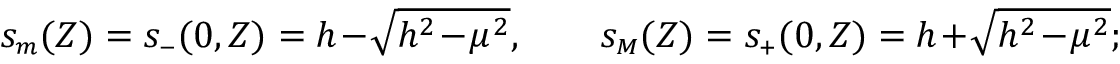
s _ { { \scriptscriptstyle m } } ( Z ) = s _ { { \scriptscriptstyle - } } ( 0 , Z ) = h \! - \! \sqrt { h ^ { 2 } \! - \! \mu ^ { 2 } } , \qquad s _ { { \scriptscriptstyle M } } ( Z ) = s _ { { \scriptscriptstyle + } } ( 0 , Z ) = h \! + \! \sqrt { h ^ { 2 } \! - \! \mu ^ { 2 } } ;